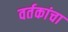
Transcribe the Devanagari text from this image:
वर्तकांचा